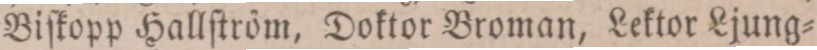
Biſkopp Hallſtröm, Doktor Broman, Lektor Ljung=